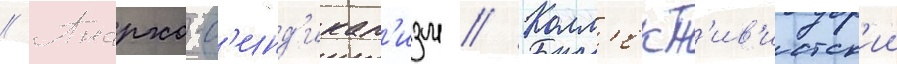
// Анархо-с'инд'икал'изм // Колл'ект'ив'истск'ии